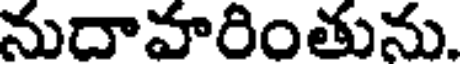
నుదావారింతును.